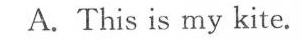
A.This is my kite。